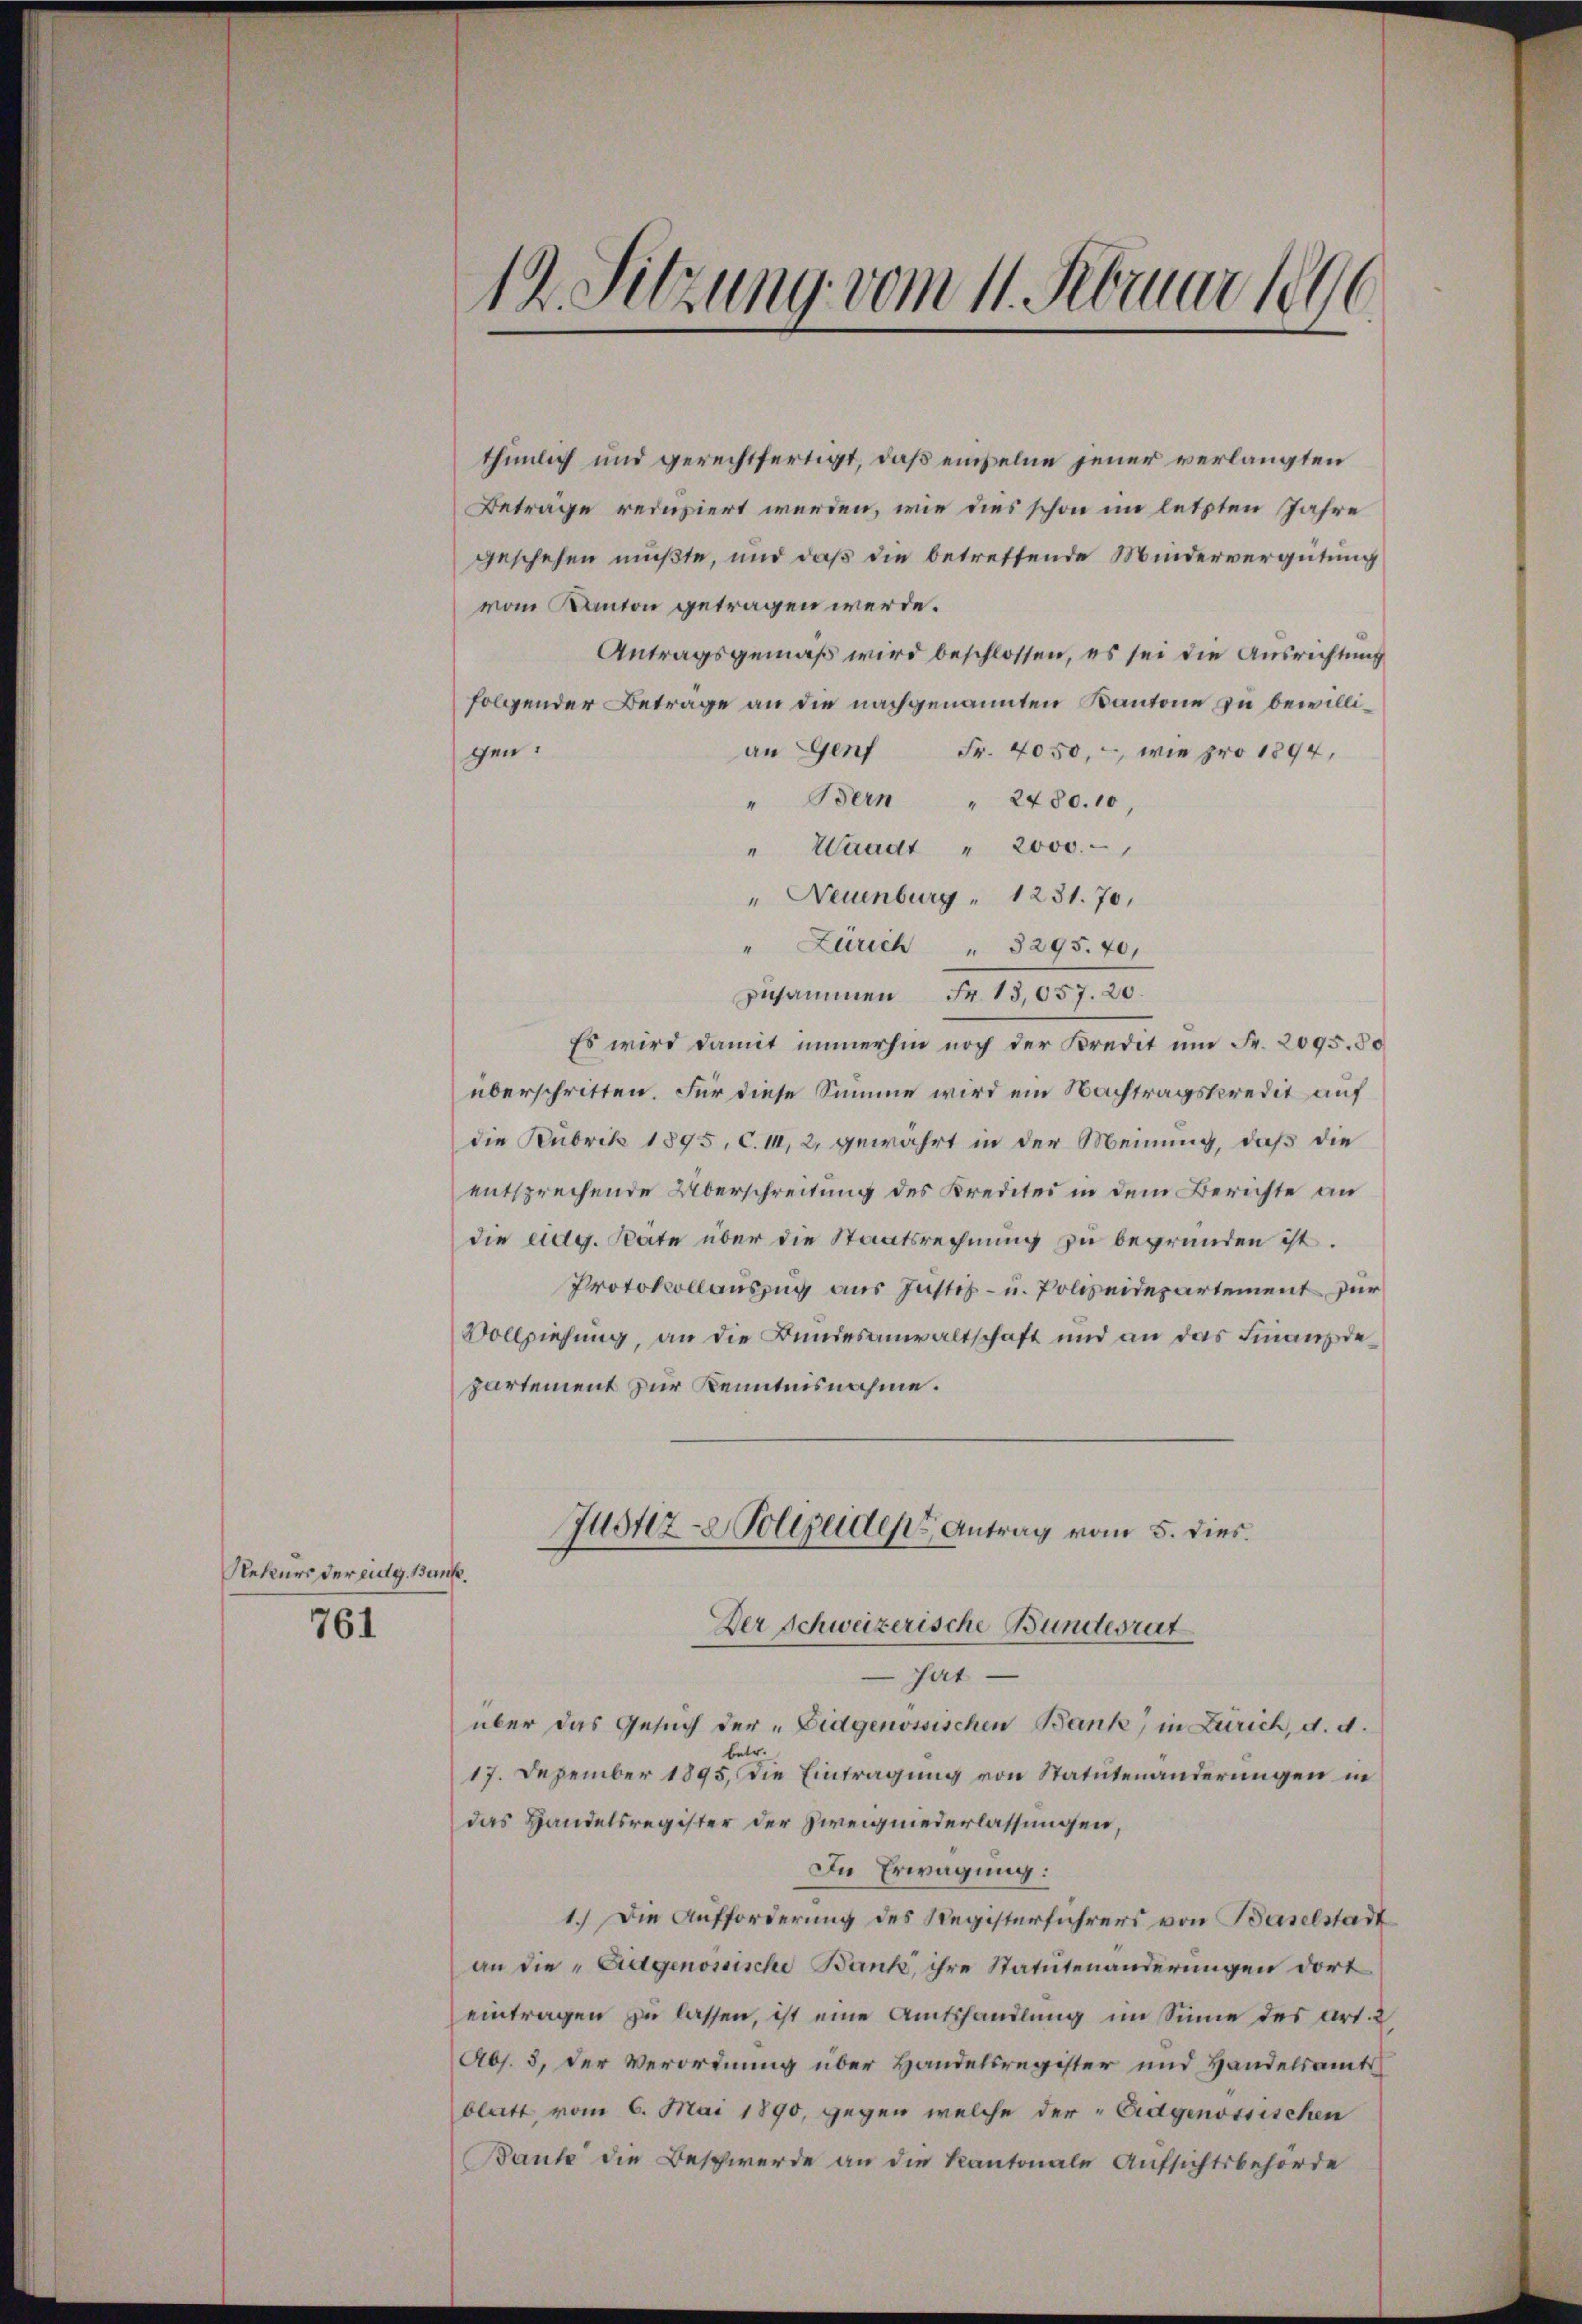
Rekurs der eidg. Bunke

761

thümlich und gerechtfertigt, daß einzelne jener verlangten
Beträge reduziert werden, wie dies schon im letzten Jahre
geschehen müßte, und daß die betreffende Mindervergütung
vom Kanton getragen werde.
Antragsgemäß wird beschlossen, es sei die Ausrichtung
folgender Beträge an die nachgenannten Kantone zu bewillian Genf Fr. 4050, - wie pro 1894,
gen:
" Bern " 2480. 10,
" Waadt " 2000.-
" Neuenburg " 1231. 70,
" Zürich " 3295. 701
zusammen Fr. 13,057. 20.
Es wird damit immerhin noch der Kredit ŭm Fr. 2095. 80
überschritten. Für diese Summe wird ein Nachtragskredit auf
die Rubrik 1895, C. II, 2, gewährt in der Meinung, daß die
entsprechende Überschreitung des Kredites in dem Berichte an
die eidg. Rate über die Staatsrechnung zu begründen ist.
Protokollauszug aus Justiz- u. Polizeidepartement für
Vollziehung, an die Bundesanwaltschaft und an das Finanzde
partement zur Kenntnisnahme.
Justiz-Polizeiden Antrag vom 5. dies
Der Schweizerische Bundesrat
hat
über das Gesuch der „Eidgenössischen Bank, in Zürich, d. d.
betr.
17. Dezember 1895. Die Eintragung von Statutenänderungen in
das Handelsregister der Zweigniederlassungen,
In Erwägung:
1.) Die Aufforderung des Registerführers von Baselstadt
an die Eidgenossische Bank, ihre Statutenänderungen dort
eintragen zu lassen, ist eine Amtshandlung im Sinne des art. 2
Abs. 3, der Verordnung über Handelsregister und Handelsamtsblatt vom 6. Mai 1890, gegen welche der Eidgenössischen
Baute die Beschwerde an die Kantonale Aufsichtsbehörde

12. Sitzung vom 11. Februar 1890